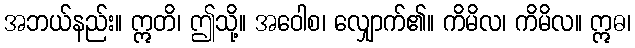
အဘယ်နည်း။ ဣတိ၊ ဤသို့။ အဝေါစ၊ လျှောက်၏။ ကိမိလ၊ ကိမိလ။ ဣဓ၊